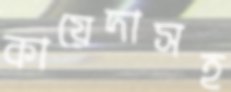
কায়েদাসহ